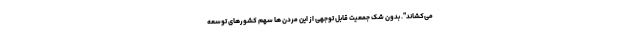
می‌کشاند". بدون شک جمعیت قابل توجهی از این مردن ها سهم کشورهای توسعه